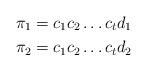
LaTeX: \begin{align*}\pi_1&=c_1c_2\dots c_td_1\\\pi_2&=c_1c_2\dots c_td_2\end{align*}